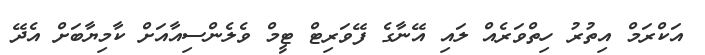
އަކްރަމް އިތުރު ހިތްވަރެއް ލައި އޭނާގެ ފޭވަރިޓް ޓީމް ވެލެންސިއާއަށް ކާމިޔާބަށް އެދޭ